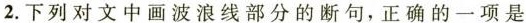
2.下列对文中画波浪线部分的断句，正确的一项是